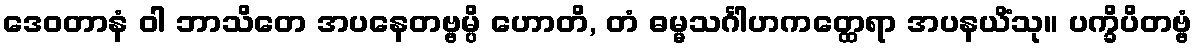
ဒေဝတာနံ ဝါ ဘာသိတေ အပနေတဗ္ဗမ္ပိ ဟောတိ, တံ ဓမ္မသင်္ဂါဟကတ္ထေရာ အပနယိံသု။ ပက္ခိပိတဗ္ဗံ